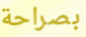
بصراحة